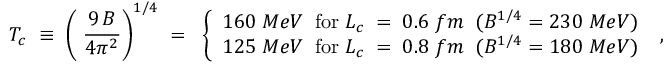
T _ { c } \; \equiv \; \left( \; \frac { 9 \, B } { 4 \pi ^ { 2 } } \right) ^ { 1 / 4 } \; = \; \; \left\{ \begin{array} { c } { { 1 6 0 \; M e V \; \; \mathrm { f o r } \; L _ { c } \; = \; 0 . 6 \; f m \; \; ( B ^ { 1 / 4 } = 2 3 0 \; M e V ) } } \\ { { 1 2 5 \; M e V \; \; \mathrm { f o r } \; L _ { c } \; = \; 0 . 8 \; f m \; \; ( B ^ { 1 / 4 } = 1 8 0 \; M e V ) } } \end{array} \right. \; ,